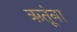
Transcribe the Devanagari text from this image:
ऋतूंना